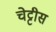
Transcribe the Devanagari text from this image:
चेट्टीस